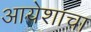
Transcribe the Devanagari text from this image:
आयेशाचा